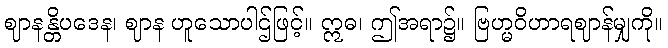
ဈာနန္တိပဒေန၊ ဈာန ဟူသောပါဌ်ဖြင့်။ ဣဓ၊ ဤအရာ၌။ ဗြဟ္မဝိဟာရဈာန်မျှကို။